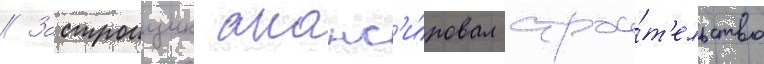
// Застроищик анонс'и́ровал строи́т'ельство